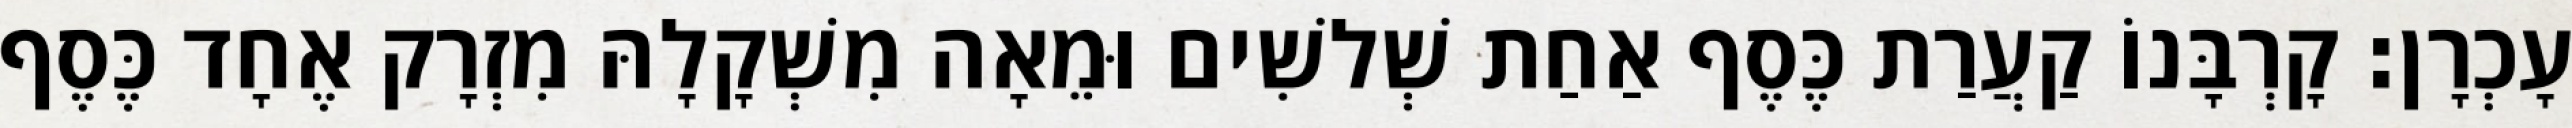
עָכְרָן׃ קָרְבָּנוֹ קַעֲרַת כֶּסֶף אַחַת שְׁלשִׁים וּמֵאָה מִשְׁקָלָהּ מִזְרָק אֶחָד כֶּסֶף